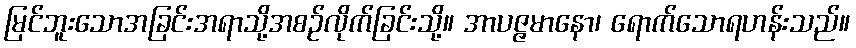
မြင်ဘူးသောအခြင်းအရာသို့အစဉ်လိုက်ခြင်းသို့။ အာပဇ္ဇမာနော၊ ရောက်သောရဟန်းသည်။